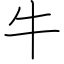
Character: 牛